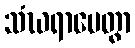
သံဃရာပေတွာ